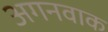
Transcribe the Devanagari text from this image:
अगनवाक